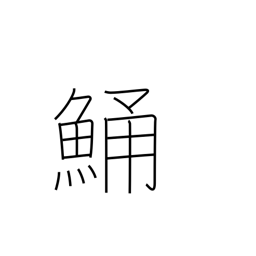
Meaning: flathead (fish)